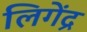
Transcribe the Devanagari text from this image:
लिगेंद्र